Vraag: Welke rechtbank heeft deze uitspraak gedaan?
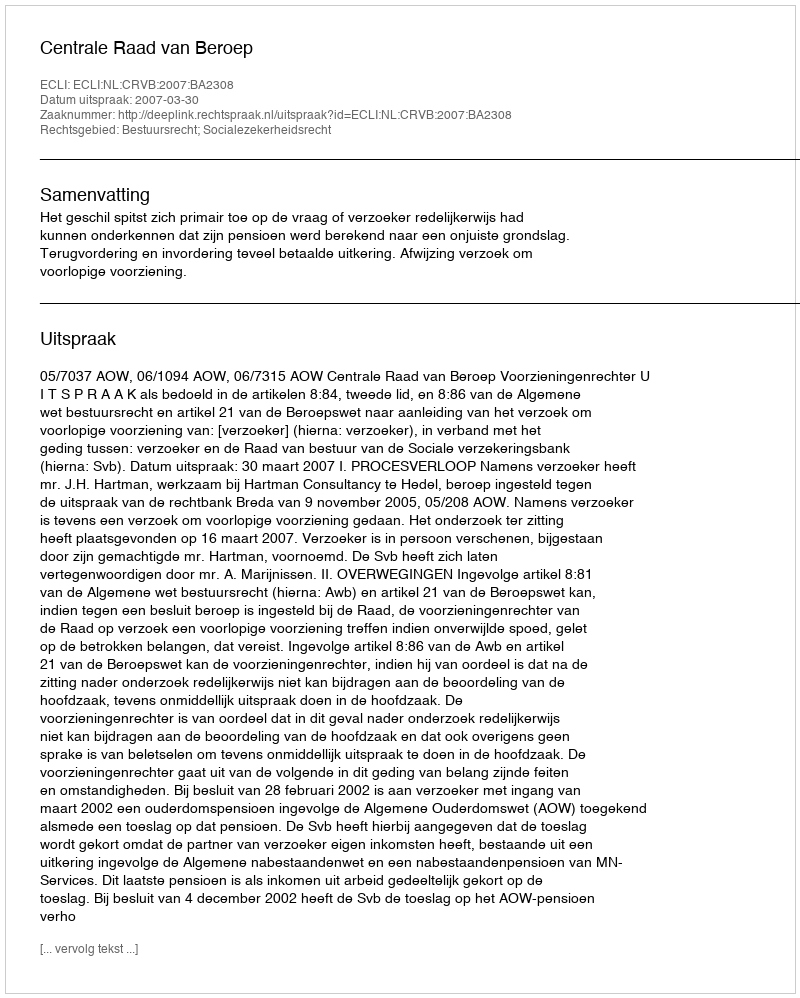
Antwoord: Centrale Raad van Beroep